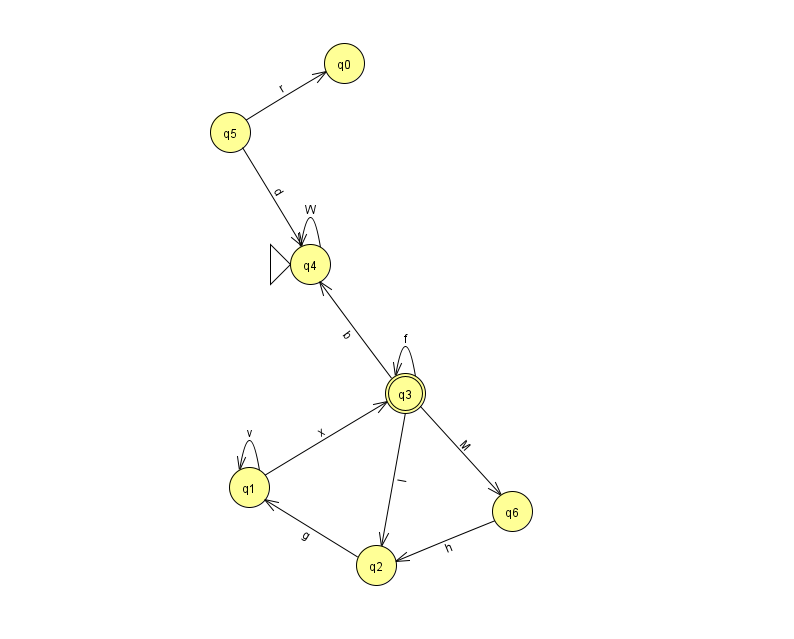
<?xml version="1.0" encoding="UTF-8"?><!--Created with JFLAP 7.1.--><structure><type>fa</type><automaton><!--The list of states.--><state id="0" name="q0"><x>344.0</x><y>50.0</y></state><state id="1" name="q1"><x>249.0</x><y>474.0</y></state><state id="2" name="q2"><x>376.0</x><y>552.0</y></state><state id="3" name="q3"><x>405.0</x><y>380.0</y><final/></state><state id="4" name="q4"><x>310.0</x><y>251.0</y><initial/></state><state id="5" name="q5"><x>230.0</x><y>119.0</y></state><state id="6" name="q6"><x>512.0</x><y>498.0</y></state><!--The list of transitions.--><transition><from>3</from><to>4</to><read>b</read></transition><transition><from>2</from><to>1</to><read>g</read></transition><transition><from>1</from><to>1</to><read>v</read></transition><transition><from>3</from><to>3</to><read>f</read></transition><transition><from>5</from><to>0</to><read>r</read></transition><transition><from>4</from><to>4</to><read>W</read></transition><transition><from>5</from><to>4</to><read>d</read></transition><transition><from>3</from><to>6</to><read>M</read></transition><transition><from>1</from><to>3</to><read>x</read></transition><transition><from>3</from><to>2</to><read>I</read></transition><transition><from>6</from><to>2</to><read>h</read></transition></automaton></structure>